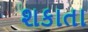
શકાતા